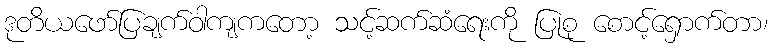
ဒုတိယဖော်ပြချက်ဝါကျကတော့ သင့်ဆက်ဆံရေးကို ပြုစု စောင့်ရှောက်တာ၊